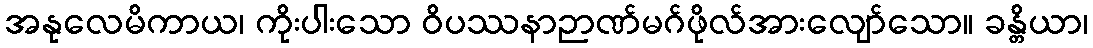
အနုလေမိကာယ၊ ကိုးပါးသော ဝိပဿနာဉာဏ်မဂ်ဖိုလ်အားလျော်သော။ ခန္တိယာ၊